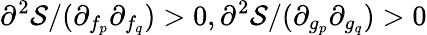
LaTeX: \partial^{2}\mathcal{S}/(\partial_{f_{p}}\partial_{f_{q}})>0,\partial^{2}\mathcal{S}/(\partial_{g_{p}}\partial_{g_{q}})>0